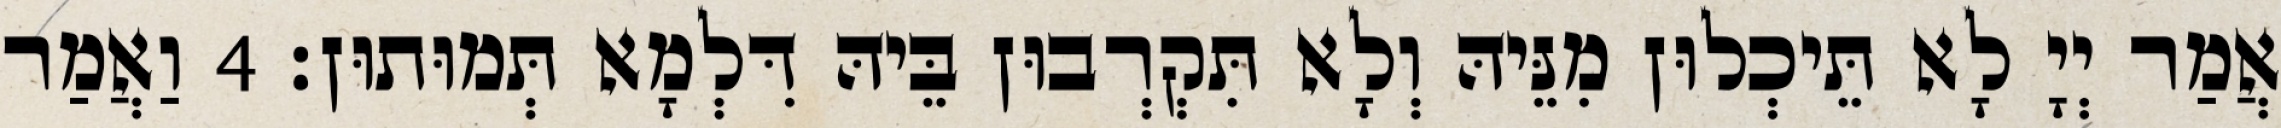
אֲמַר יְיָ לָא תֵּיכְלוּן מִנֵּיהּ וְלָא תִּקְרְבוּן בֵּיהּ דִּלְמָא תְּמוּתוּן׃ 4 וַאֲמַר